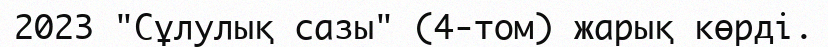
2023 "Сұлулық сазы" (4-том) жарық көрді.